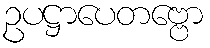
ဥပဋ္ဌာပေတဗ္ဗော